Civil Veterinary Dept. North-West Frontier Province 1933-46 - 1933-1946
Year: 1933
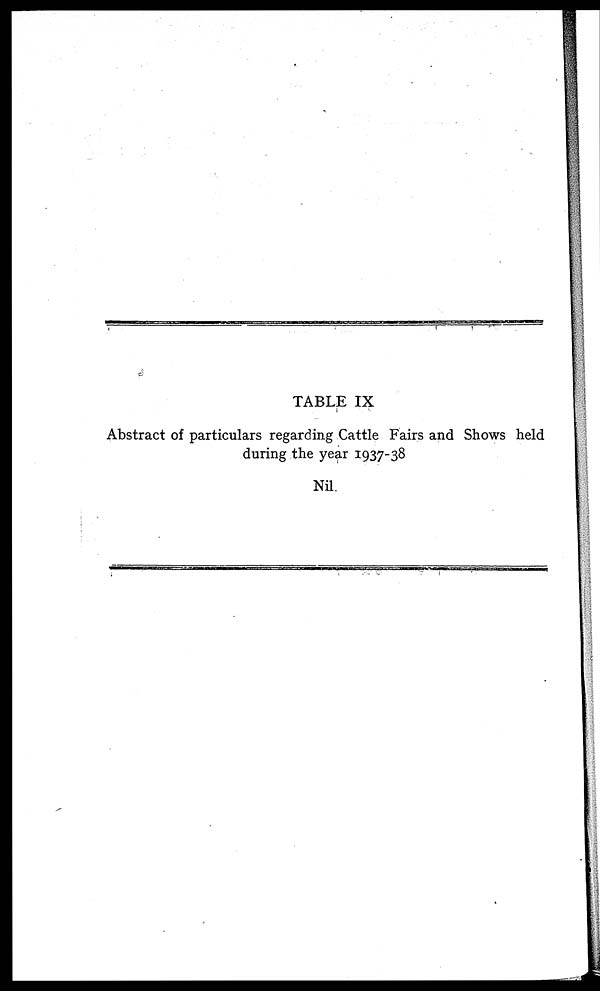
TABLE IX
Abstract of particulars regarding Cattle Fairs and Shows held
during the year 1937-38
Nil.